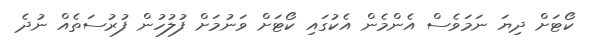
ކޯޓަށް ދިޔަ ނަމަވެސް އެންމެން އެކުގައި ކޯޓަށް ވަނުމަށް ފުލުހުން ފުރުސަތެއް ނުދެ